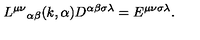
{ L ^ { \mu \nu } } _ { \alpha \beta } ( k , \alpha ) D ^ { \alpha \beta \sigma \lambda } = E ^ { \mu \nu \sigma \lambda } .